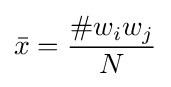
{\bar {x}}={\frac {\#w_{i}w_{j}}{N}}